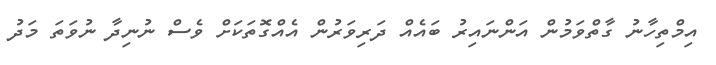
އިމްތިހާނު ގާތްވަމުން އަންނައިރު ބައެއް ދަރިވަރުން އެއްގޮތަކަށް ވެސް ނުނިދާ ނުވަތަ މަދު